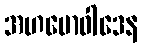
အဟမောဝါဒေန